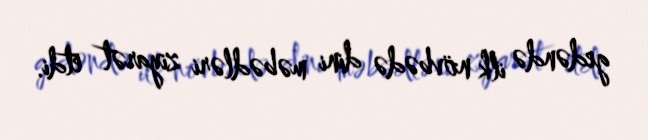
gedəndə ilk növbədə dini məbədləri ziyarət etdi.